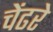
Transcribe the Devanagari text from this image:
चेंढरे